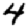
Digit: 4